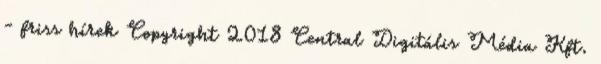
- friss hírek Copyright 2018 Central Digitális Média Kft.